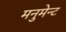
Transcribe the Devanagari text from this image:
मनुमेन्ट